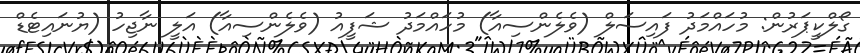
ގޯލްކީޕަރުން: މުހައްމަދު ފައިސަލް (ވެލެންސިއާ) މުހައްމަދު ޝަފީއު (ވެލެންސިއާ) އަލީ ނާޖިހު (ޔުނައިޓެޑް